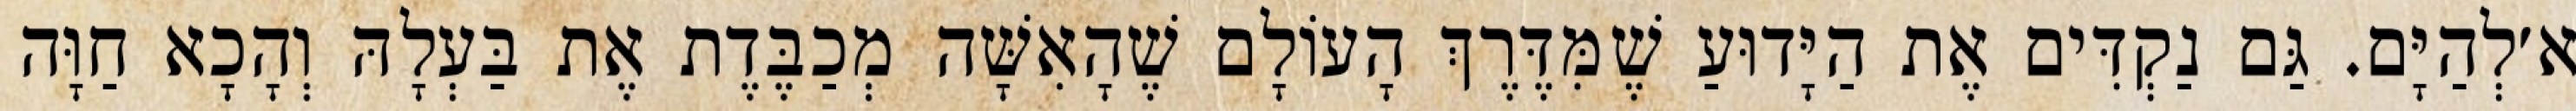
א׳לְהַיָּם. גַּם נַקְדִּים אֶת הַיָּדוּעַ שֶׁמִּדֶּרֶךְ הָעוֹלָם שֶׁהָאִשָּׁה מְכַבֶּדֶת אֶת בַּעְלָהּ וְהָכָא חַוָּה